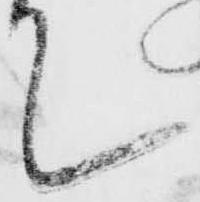
て